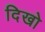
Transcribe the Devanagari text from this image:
दिखो